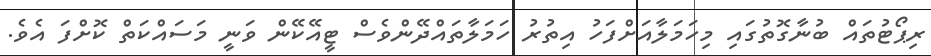
ރިޕޯޓުތައް ބުނާގޮތުގައި މިހަމަލާއަށްފަހު އިތުރު ހަމަލާތައްދޭންވެސް ޓީއޭކޭން ވަނީ މަސައްކަތް ކޮށްފަ އެވެ.